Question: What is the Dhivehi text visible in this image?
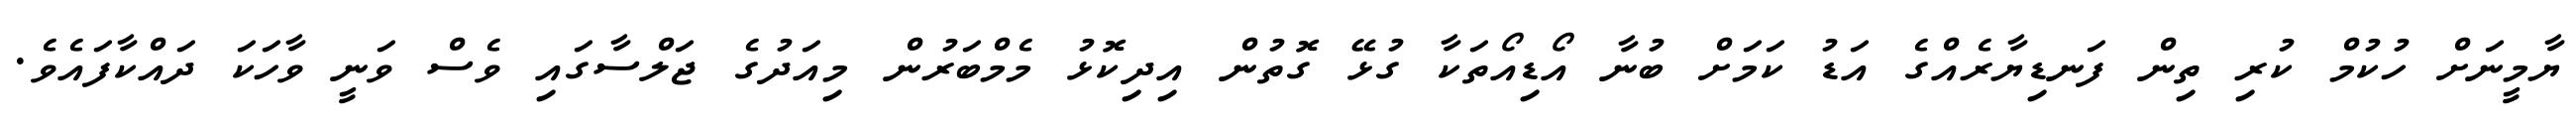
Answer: ޔާމީނަށް ހުކުމް ކުރި ތިން ފަނޑިޔާރެއްގެ އަޑު ކަމަށް ބުނާ އޯޑިއޯތަކާ ގުޅޭ ގޮތުން އިދިކޮޅު މެމްބަރުން މިއަދުގެ ޖަލްސާގައި ވެސް ވަނީ ވާހަކަ ދައްކާފައެވެ.